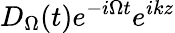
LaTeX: D_{\Omega}(t)e^{-i\Omega t}e^{ikz}